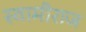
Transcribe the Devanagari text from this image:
स्वामीराज